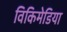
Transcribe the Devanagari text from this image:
विकिमेडिया